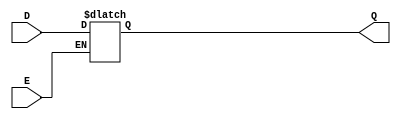
module async_gated_latch (
    input wire D,        // Data Input
    input wire E,        // Enable Signal
    output reg Q         // Output
);

// Always block to model the behavior of the latch
always @* begin
    if (E) begin
        Q = D;          // Capture D value when E is high
    end
    // Note: When E is low, Q retains its previous value automatically due to reg type
end

endmodule